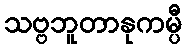
သဗ္ဗဘူတာနုကမ္ပီ